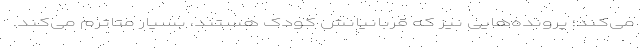
می‌کند؛ پرونده‌هایی نیز که قربانیانش کودک هستند، بسیار متاثرم می‌کند.